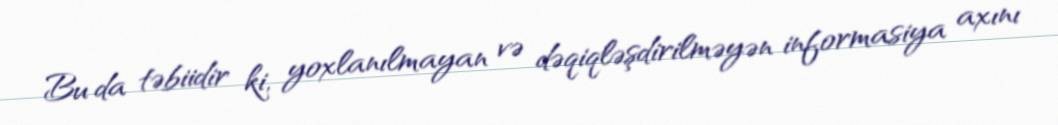
Bu da təbiidir ki, yoxlanılmayan və dəqiqləşdirilməyən informasiya axını